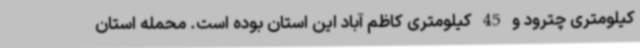
کیلومتری چترود و 45 کیلومتری کاظم آباد این استان بوده است. محمله استان